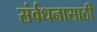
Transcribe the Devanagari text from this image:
संर्वधनासाठी